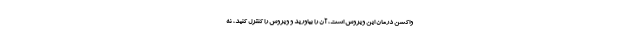
واکسن درمان این ویروس است، آن را بیاورید و ویروس را کنترل کنید، نه